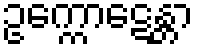
ဥက္ကောဋေန္တာ